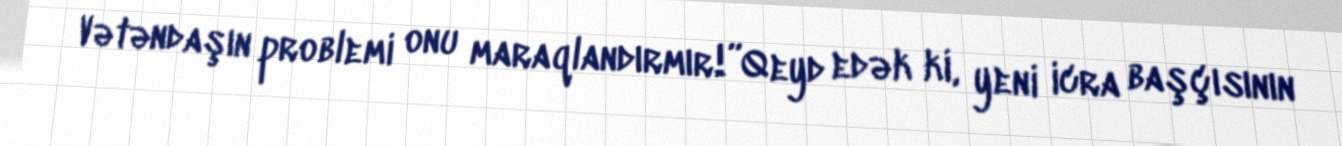
Vətəndaşın problemi onu maraqlandırmır!”Qeyd edək ki, yeni icra başçısının